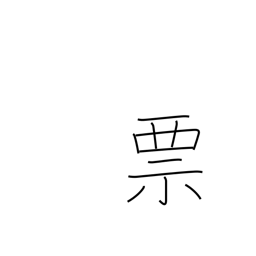
Meaning: label